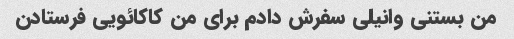
من بستنی وانیلی سفرش دادم برای من کاکائویی فرستادن